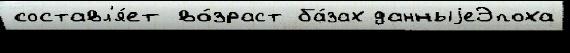
составл'я́ет во́зраст ба́зах данныjеЭпоха